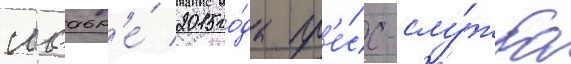
ноабр'е́ 2015 го́да пр'е́сс-слу́жба